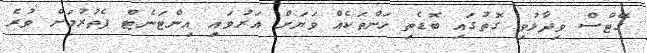
ގޭޓްސް ވިދާޅުވި ގޮތުގައި ބޮޑެތި ހަންތަކެއް ވަޔަށް އަރުވައި އިންޓަނެޓް ފެތުރުމަށް ވުރެ